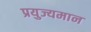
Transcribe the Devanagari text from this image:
प्रयुज्यमान